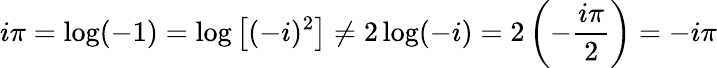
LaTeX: i\pi=\log(-1)=\log\left[(-i)^{2}\right]\neq 2\log(-i)=2\left(-{\frac{i\pi}{2}}\right)=-i\pi